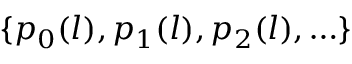
\{ p _ { 0 } ( l ) , p _ { 1 } ( l ) , p _ { 2 } ( l ) , \ldots \}